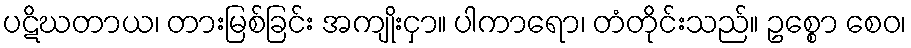
ပဋိဃတာယ၊ တားမြစ်ခြင်း အကျိုးငှာ။ ပါကာရော၊ တံတိုင်းသည်။ ဥစ္စော စေဝ၊